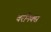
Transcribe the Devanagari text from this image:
वरनिक्स